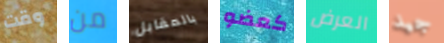
وقت من بالمقابل كعضو العرض جيد